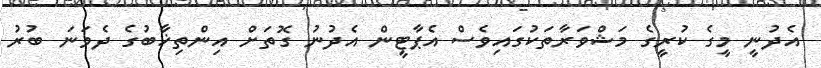
އެދުނީ މީގެ ކުރީގެ މަޝްވަރާތަކުގައިވެސް އެޕާޓީން އެދުނު ގޮތަށް އިންތިޚާބުގެ ދެވަނަ ބުރު